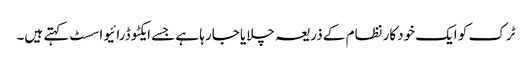
ٹرک کو ایک خودکار نظام کے ذریعہ چلایا جارہا ہے جسے ایکٹو ڈرائیو اسسٹ کہتے ہیں۔